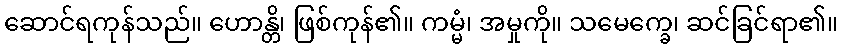
ဆောင်ရကုန်သည်။ ဟောန္တိ၊ ဖြစ်ကုန်၏။ ကမ္မံ၊ အမှုကို။ သမေက္ခေ၊ ဆင်ခြင်ရာ၏။